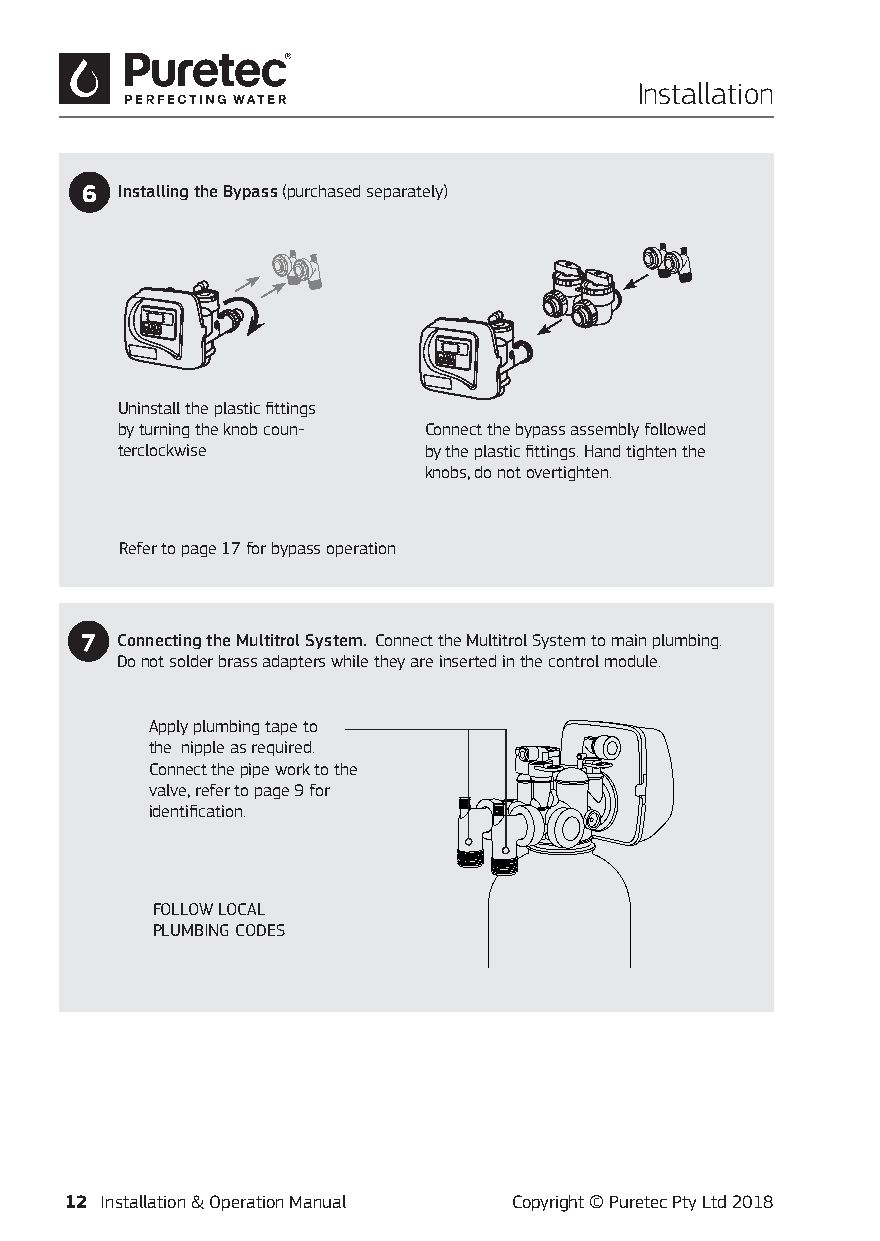
Installation
 6  Installing the Bypass (purchased separately)
 Uninstall the plastic fittings
 by turning the knob coun- Connect the bypass assembly followed
 terclockwise        by the plastic fittings. Hand tighten the
 knobs, do not overtighten.
 Refer to page 17 for bypass operation
 7  Connecting the Multitrol System. Connect the Multitrol System to main plumbing.
 Do not solder brass adapters while they are inserted in the control module.
 Apply plumbing tape to
 the nipple as required.
 Connect the pipe work to the
 valve, refer to page 9 for
 identification.
 FOLLOW LOCAL
 PLUMBING CODES
 12 Installation & Operation Manual Copyright © Puretec Pty Ltd 2018